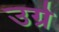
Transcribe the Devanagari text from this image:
उग्रे